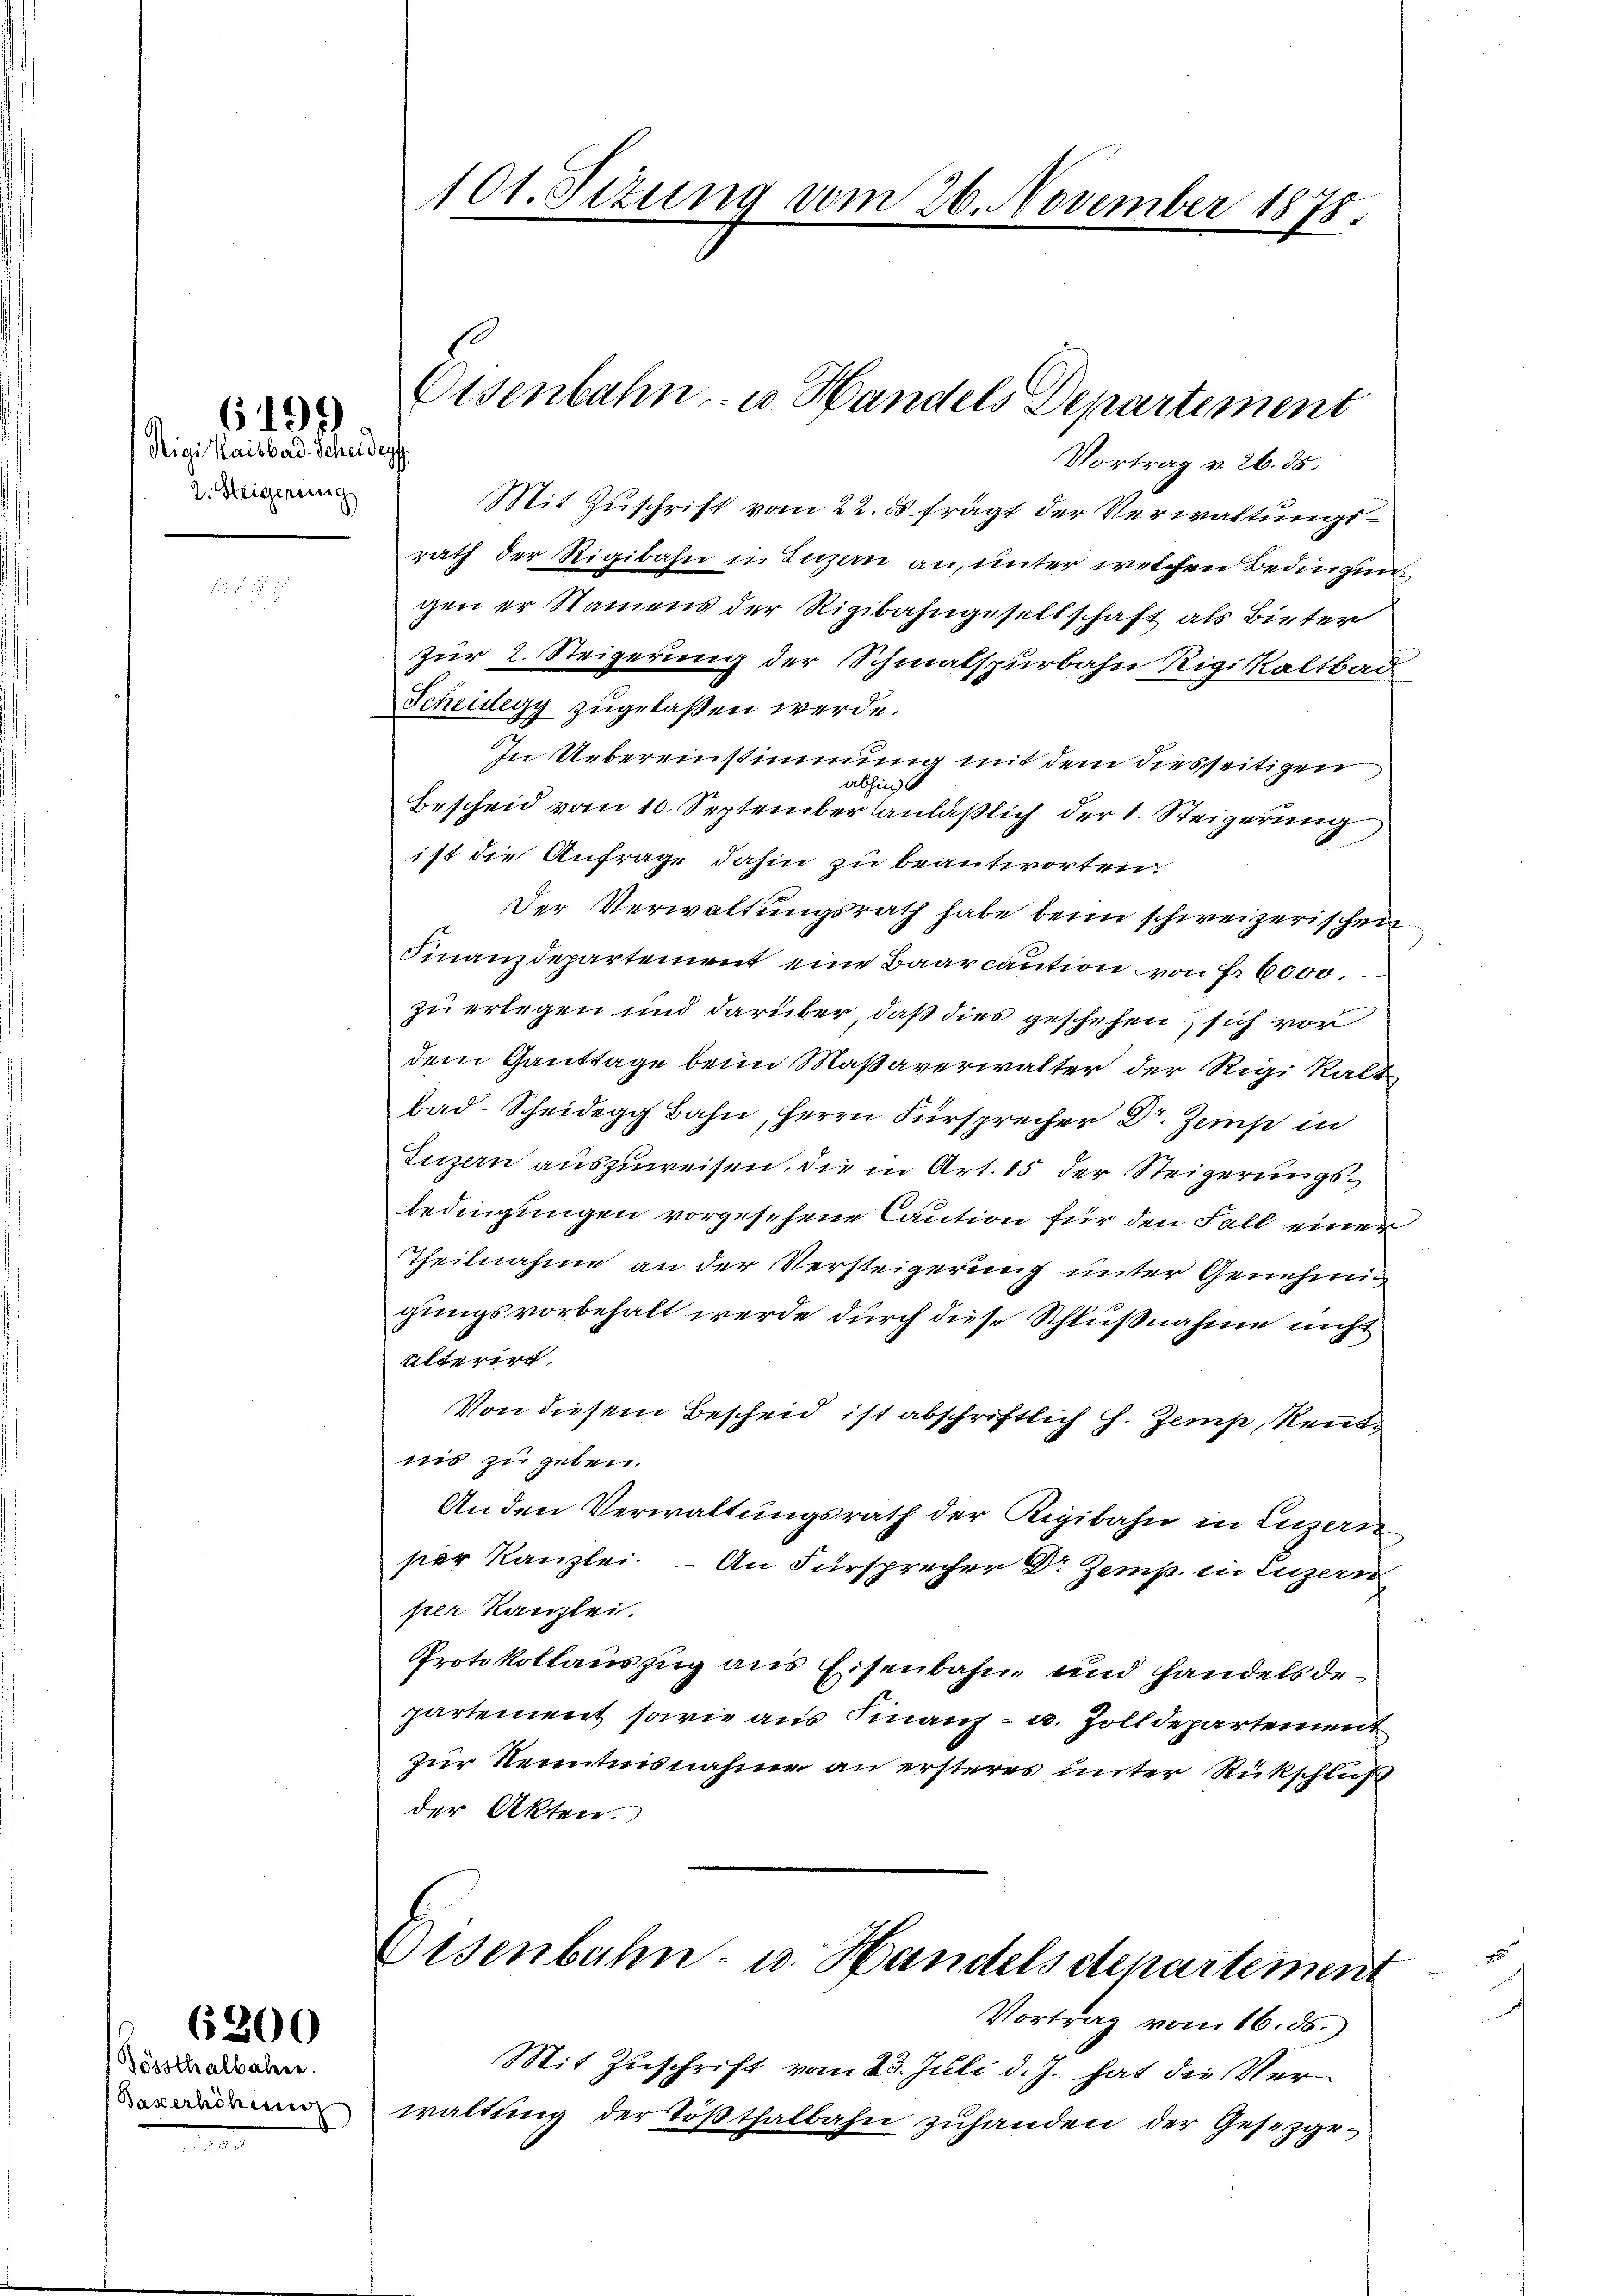
Rigi Kaltbard-Scheidegg
2. Steigerung

)
6192

Gössthalbahre.
Baserhöhung
.

6200

Mit Zuschrift vom 22. ds frägt der Verwaltungsrath der Rigibahn in Luzern an, unter welchen Bedingen
gen er Namens der Rigibahngesellschaft als Bieter
zür 2. Steigerung der Schmalspurbahn Rigikaltbai
Scheidegy zugelassen werde.
In Uebereinstimmung mit dem diesseitigen
abhin
Bescheid vom 10. September anläßlich der 1. Steigerung
ist die Anfrage dahin zu beantworten
Der Verwaltungsrath habe beim schweizerischen
Finanzdepartement eine Baarcaution von Fr. 6000.
zu erlegen und darüber, daß dies geschehen, sich vor
dem Ganttage beim Maßaverwalter der Rigi kalt
bad-Scheidegg Bahn, Herrn Fürsprecher Dr. Zeinse in
Luzern auszuweisen, die in Art. 15 der Steigerungsbedingungen vorgesehene Caution für den Fall einer
Theilnahme an der Versteigerung unter Genehmig
gungsvorbehalt werde durch diese Schlußnahme nicht
ulterirt
Von diesem Bescheid ist abschriftlich H. Zemp, Rentnis zu geben.
Anden Verwaltungsrath der Rigibahn in Luzern
per Kanzlei. – An Fürsprecher Dr Zemp. in Luzern
per Kanzlei.
Protokollauszug aus Eisenbahn und handelsdepartement sowie aus Finanz- u. Zolldepartement
zur Kenntnisnahme an ersteres unter Rückschluß
der Akten.
Eisenbahn- u. Handels etchartement
Vortrag vom 16. ds.
Mit Zuschrift vom 23. Juli d. J. hat die Verwaltung der Tößthalbahn zuhanden der Gesetzge¬

101. Sizung vom 26. November 1878.

Eisenbahn- u. Handels Departement
Vortrag v. 26. ds.

3